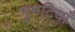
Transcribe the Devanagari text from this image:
गुमटियाँ